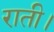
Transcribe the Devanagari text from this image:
राती।